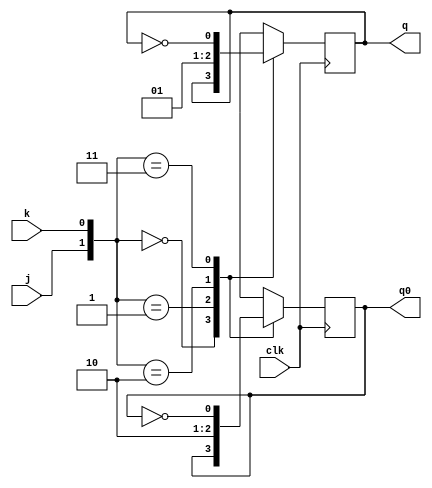
`timescale 1ns / 1ps

module jkflipflop(j,k,q,q0,clk);

input j,k,clk;
output q,q0;
reg q,q0;

initial
	begin
	q=1'b0;
	q0=1'b1;
	end

always@(posedge clk)
	begin
	case({j,k})
		{1'b0,1'b0}:
			begin
			q=q;
			q0=q0;
			end
		{1'b0,1'b1}:
			begin
			q=1'b0;
			q0=1'b1;
			end
		{1'b1,1'b0}:
			begin
			q=1'b1;
			q0=1'b0;
			end
		{1'b1,1'b1}:
			begin
			q=~q;
			q0=~q0;
			end
		endcase
	end
endmodule